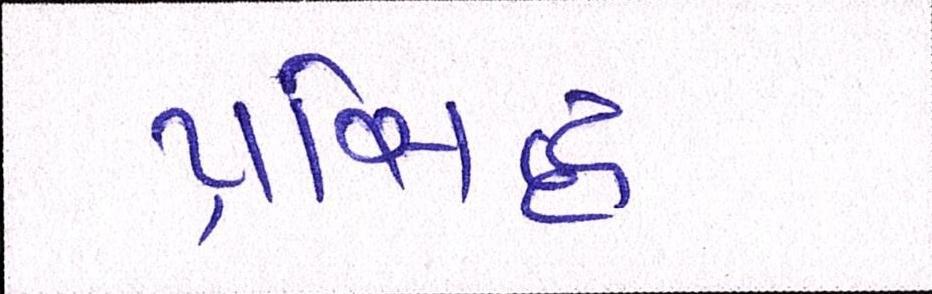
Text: પ્રસ્સિદ્ધ